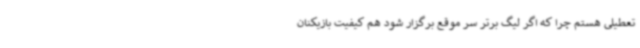
تعطیلی هستم چرا که اگر لیگ برتر سر موقع برگزار شود هم کیفیت بازیکنان